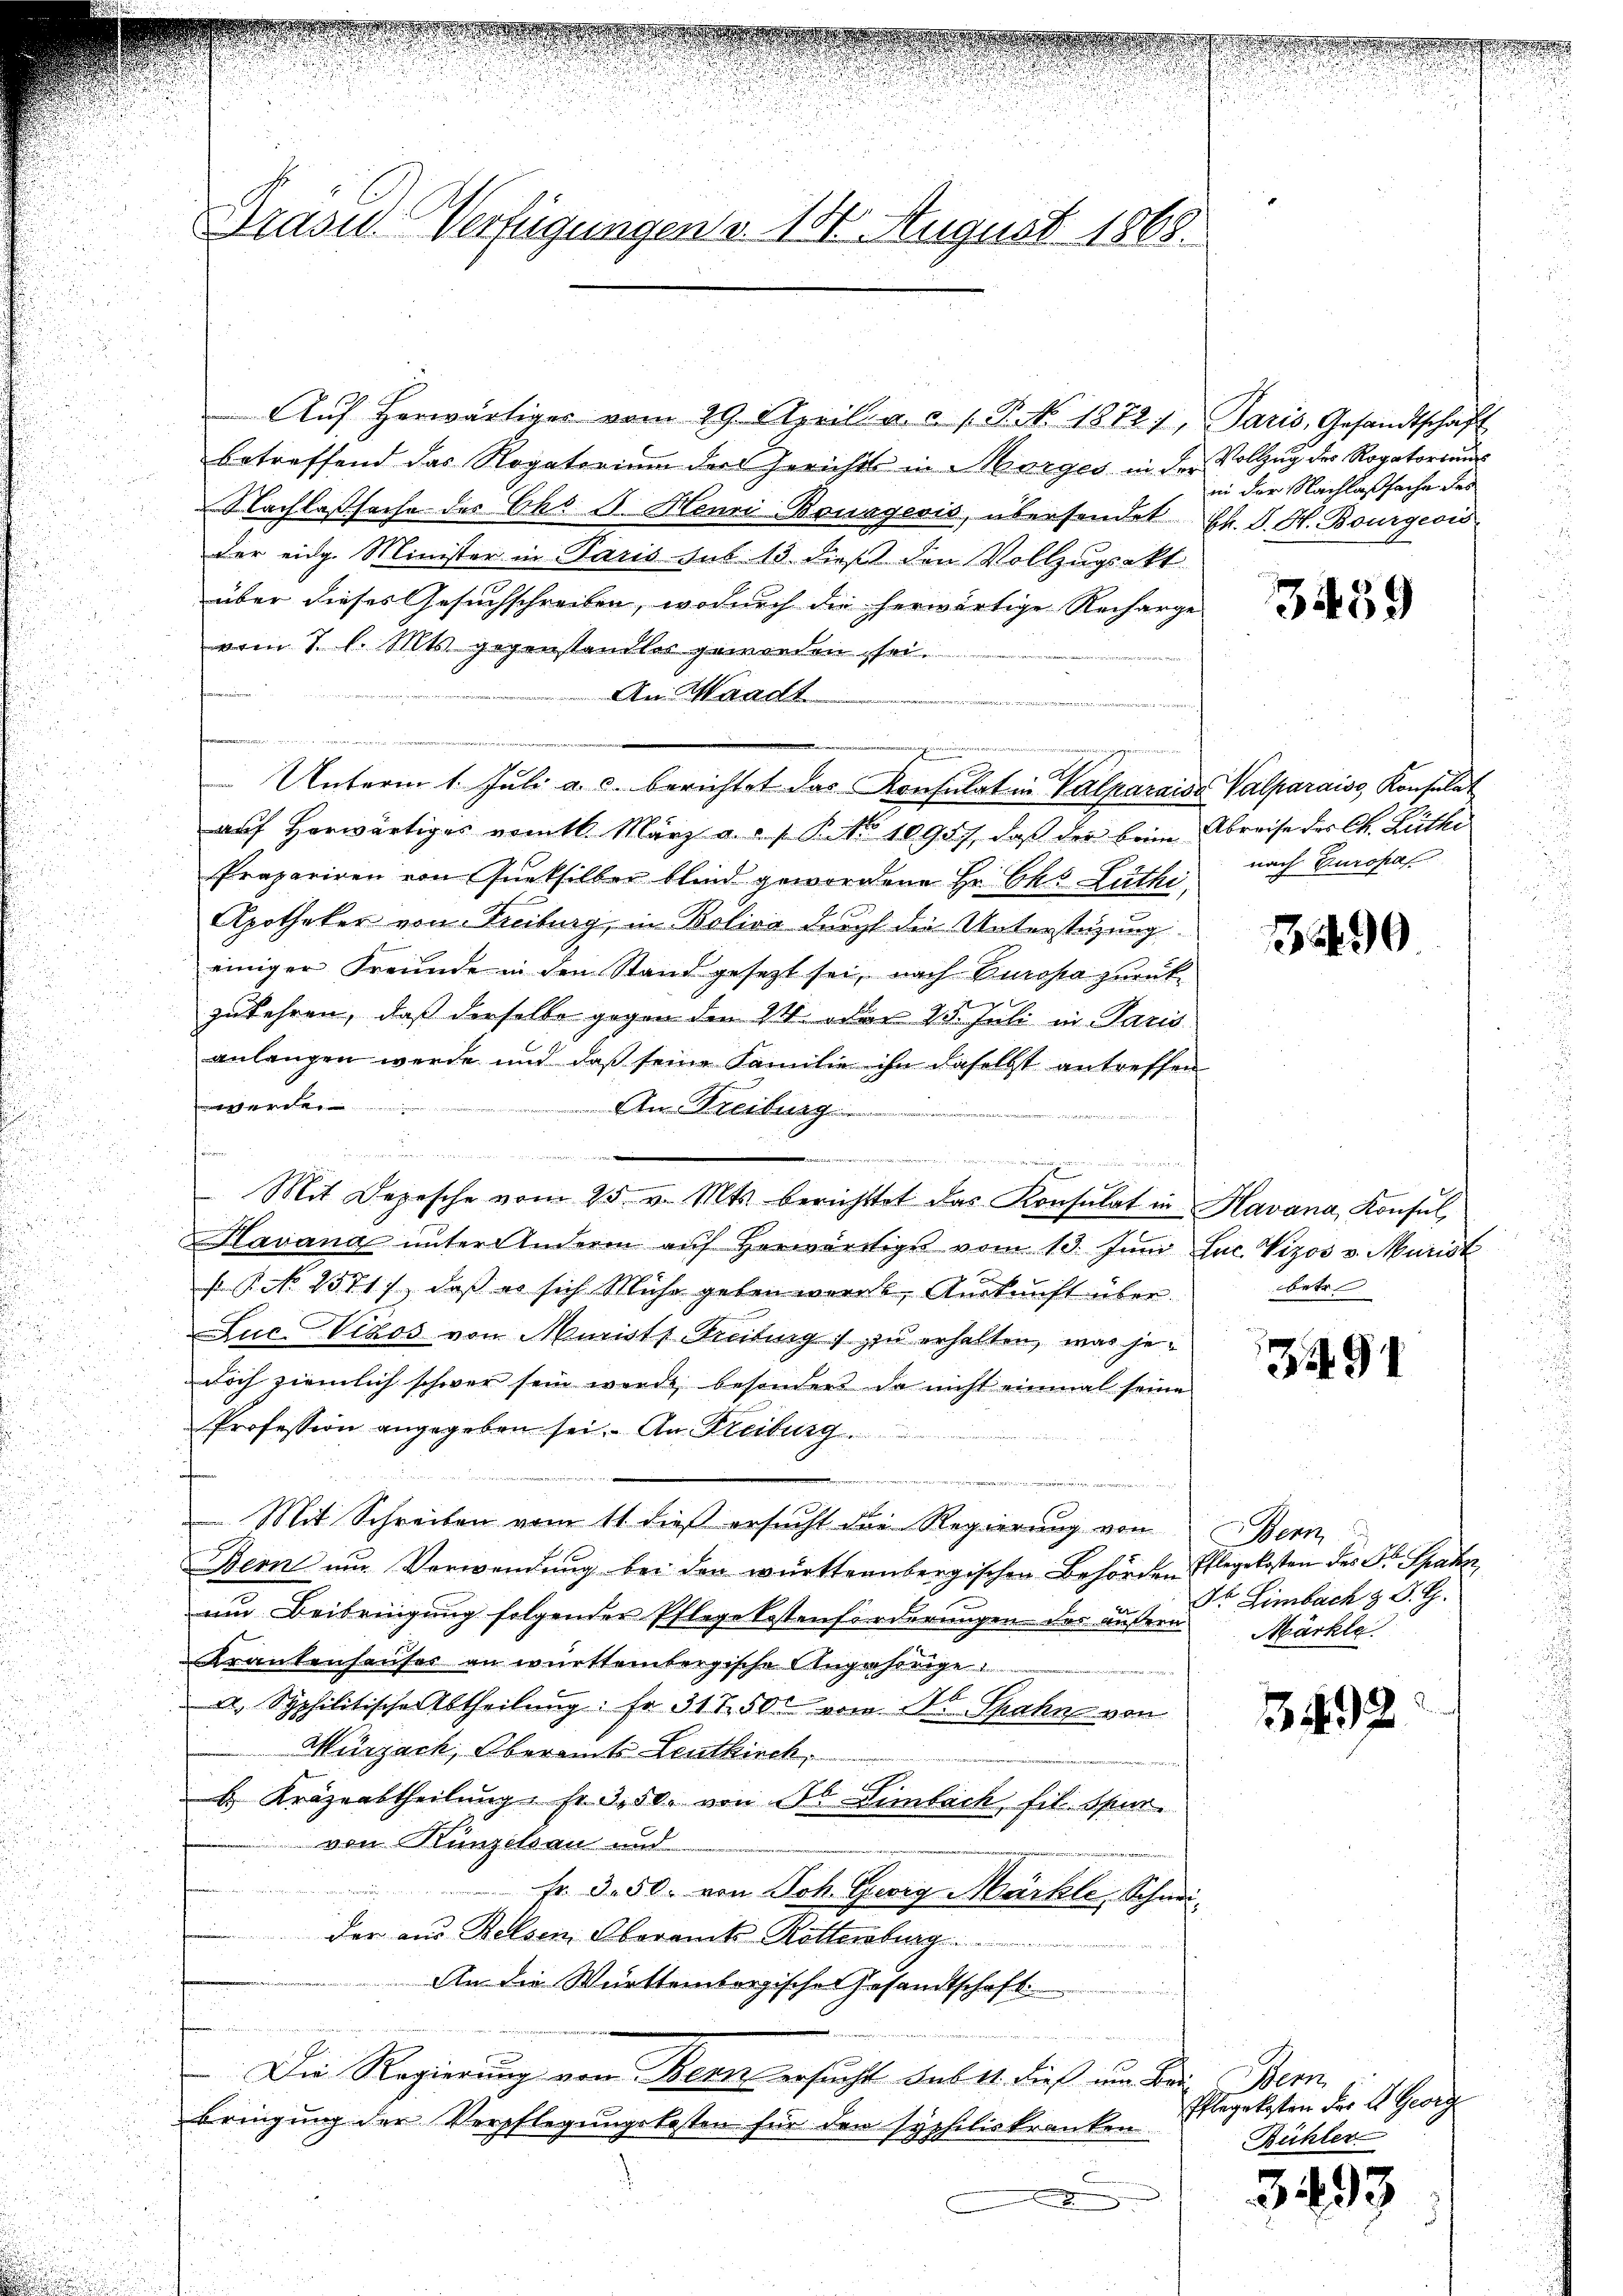
.
Dräder Verfügungen v. 18. August 1868.

Aŭf herwärtiger vom 29. April a. c. 1 P. No. 1872), Paris, Gesandtschaft
betreffend das Rogatorium der Gerichts in Morges in der Vollzug der Rogatoriums
Nachlasssache des Cho . Henri Bourgeris, übersendet
der eidg. Minister in Paris sub 13 dieß den Vollzugsakt
über dieses Gesuchschreiben, wodurch die herwärtige Recharge
vom 1. l. Mts. gegenstandles geworden sei.
An Waadt
e
ge
Unterm 1. Jŭli a. c. berichtet das Konsulat in Valparaisa Valparais, Konsulat
auf herwärtiges nämtl. März a. f. P. No 10957, daß der brin
Präpariren von Queksilber blind gewordene Hr. Chs Luthe nach Europas
Apotheker von Freiburg, in Bolivo durch die Unterstüzung
einiger Freunde in den Stand gesetzt sei, nach Buropa zurück
zukehren, daß derselbe gegen den 24. oder 23. Juli in Paris
anlangen werde und daß seine Familie ihn daselbst antreffen

An Freiburg

e
e
Mit Depesche vom 25. v. Mts. berichttet das Konsulat in Havana, Konsul,
Havana ŭnter Anderen aŭf herwärtige vom 13. Jŭni Luc. Vizos v. Murist
s P. No 2571), daß es sich Mühe geben werde, Auskunft über
Luc. Vikos von Murist Kreitung zu erhalten, was jedoch ziemlich schwer sein werde, besonders da nicht einmal seine
Profession angegeben sei. An Reiburg
u
 Mit Schreiben vom 11. dieß ersucht die Regierung von
Bern ŭm Verwendŭng bei den württembergischen Behörden Pflegekosten des Fr. Haben
um Beibringung folgender Pflege Kostenforderungen des äußern
Krankenhauses an württembergische Angehörige
a. Syphilitische Abtheilung: Fr. 31750 vom Dr. Spahn von
Mürzach, Oberamts-Leatkirch
b. Kräzeabtheilung Fr. 350. von St. Limbach fil. Spur.
von Künzikau und
 Fr. 3. 50. von Joh. Georg Märkle Schmider aus Belsen, Oberamts-Röttenburg
An die Württembergischer Gesandtschaft
u

Die Regierung von Bern ersucht das 14. dies um der Bern
bringung der Verpflegungskosten für den syphiliskranken
u

in der Nachlaßsache des
Ch. S. H. Bourgeois

3459

Abreise der Ch. Luthe

1290

betr

3491

Bern
Dr. Limbach z. B. G.
Märkte.

1492

Pflegekosten der A. Georg
Rühler

3493

2
.